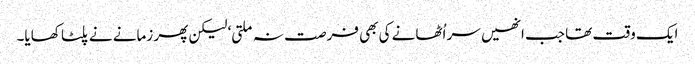
ایک وقت تھا جب انھیں سر اُٹھانے کی بھی فرصت نہ ملتی‘ لیکن پھر زمانے نے پلٹا کھایا۔